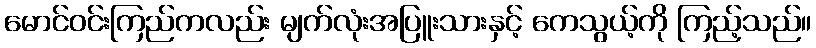
မောင်ဝင်းကြည်ကလည်း မျက်လုံးအပြူးသားနှင့် ကေသွယ့်ကို ကြည့်သည်။